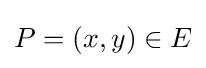
P=(x,y)\in E